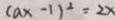
( a x - 1 ) ^ { 2 } = 2 x